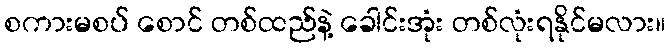
စကားမစပ် စောင် တစ်ထည်နဲ့ ခေါင်းအုံး တစ်လုံးရနိုင်မလား။